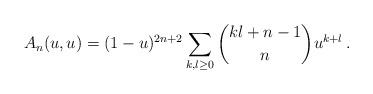
LaTeX: \begin{align*}A_n(u,u) = (1-u)^{2n+2} \sum_{k,l\ge 0} {kl+n-1\choose n} u^{k+l}\,.\end{align*}